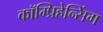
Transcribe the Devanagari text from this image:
कॉम्प्रिहेन्सिंग